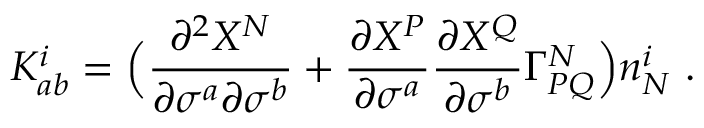
K _ { a b } ^ { i } = \Bigl ( \frac { \partial ^ { 2 } X ^ { N } } { \partial \sigma ^ { a } \partial \sigma ^ { b } } + \frac { \partial X ^ { P } } { \partial \sigma ^ { a } } \frac { \partial X ^ { Q } } { \partial \sigma ^ { b } } \Gamma _ { P Q } ^ { N } \Bigr ) n _ { N } ^ { i } ~ .